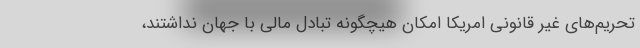
تحریم‌های غیر قانونی امریکا امکان هیچگونه تبادل مالی با جهان نداشتند،